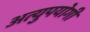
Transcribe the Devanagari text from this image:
अत्युपयोगी